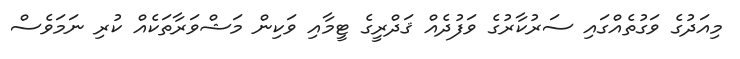
މިއަދުގެ ވަގުތެއްގައި ސަރުކާރުގެ ވަފުދެއް ޤަދްރީގެ ޓީމާއި ވަކިން މަޝްވަރާތަކެއް ކުރި ނަމަވެސް